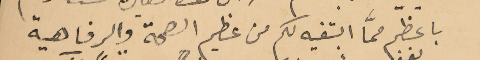
باعظم ممَّا ابتغيه لكم من عظيم الصحة والرفاهية